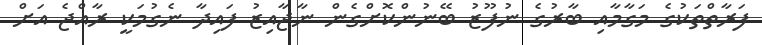
ފަރާތްތަކުގެ މަގާމާއި ބާރުގެ ނުފޫޒު ބޭނުންކޮށްގެން ނާޖާއިޒު ފައިދާ ނެގުމަކީ ރާއްޖެ އަށް